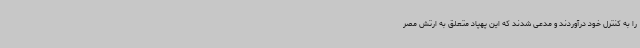
را به کنترل خود درآوردند و مدعی شدند که این پهپاد متعلق به ارتش مصر